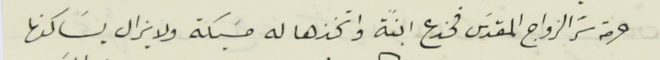
حرمة سَر الزواج المقدَس فخدع ابنةً واتخذها له مسَيكة ولا يزال يسَاكنها